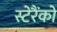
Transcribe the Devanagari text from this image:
स्टेरैंको